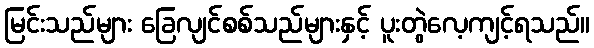
မြင်းသည်များ ခြေလျင်စစ်သည်များနှင့် ပူးတွဲလေ့ကျင့်ရသည်။